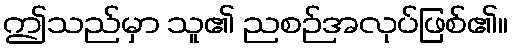
ဤသည်မှာ သူ၏ ညစဉ်အလုပ်ဖြစ်၏။